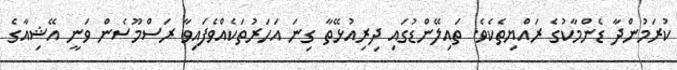
ކުރަމުންދާ ޑެންމާކުގެ ރައްޔިތެކެވެ. ތައިލޭންޑުގައި ދިރިއުޅޭތާ ގިނަ އަހަރުތަކެއްވެފައިވާ ރަސްމޫސެން ވަނީ އޭޝިއާގެ